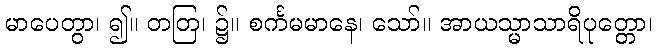
မာပေတွာ၊ ၍။ တတြ၊ ၌။ စင်္ကမမာနေ၊ သော်။ အာယသ္မာသာရိပုတ္တော၊